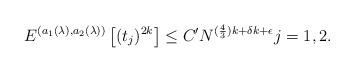
LaTeX: \begin{align*}E^{(a_1(\lambda),a_2(\lambda))}\left[(t_j)^{2k}\right]\leq C' N^{(\frac{4}{3})k+\delta k+\epsilon} j=1,2.\end{align*}